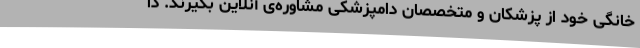
خانگی خود از پزشکان و متخصصان دامپزشکی مشاوره‌ی آنلاین بگیرند. دا